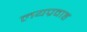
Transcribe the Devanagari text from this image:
लयप्रवाह